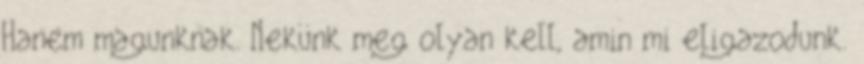
Hanem magunknak. Nekünk meg olyan kell, amin mi eligazodunk.